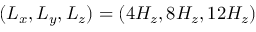
( L _ { x } , L _ { y } , L _ { z } ) = ( 4 H _ { z } , 8 H _ { z } , 1 2 H _ { z } )